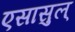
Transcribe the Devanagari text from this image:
एसासुल्